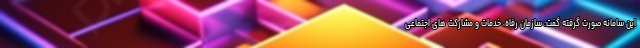
این سامانه صورت گرفته گفت: سازمان رفاه، خدمات و مشارکت های اجتماعی